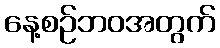
နေ့စဉ်ဘဝအတွက်